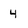
Character: 4